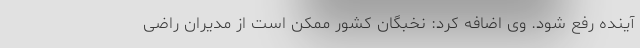
آینده رفع شود. وی اضافه کرد: نخبگان کشور ممکن است از مدیران راضی